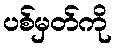
ပစ်မှတ်ကို